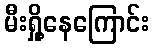
မီးရှို့နေကြောင်း